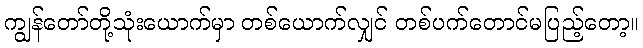
ကျွန်တော်တို့သုံးယောက်မှာ တစ်ယောက်လျှင် တစ်ပက်တောင်မပြည့်တော့။